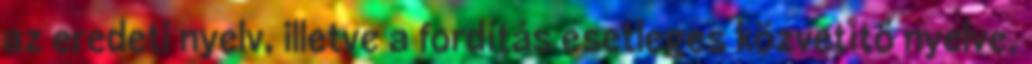
az eredeti nyelv, illetve a fordítás esetleges közvetítő nyelve,